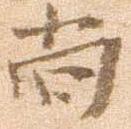
尚